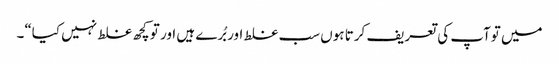
میں توآپ کی تعریف کرتا ہوں سب غلط اور بُرے ہیں اور تو کچھ غلط نہیں کیا“۔